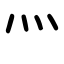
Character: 灬